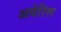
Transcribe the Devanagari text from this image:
अवेरिल